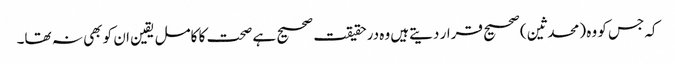
کہ جس کو وہ (محدثین) صحیح قرار دیتےہیں وہ درحقیقت صحیح ہے صحت کا کامل یقین ان کو بھی نہ تھا۔